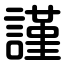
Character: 謹